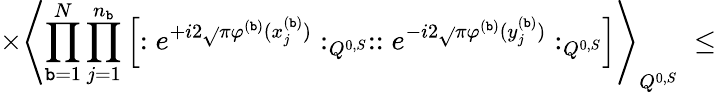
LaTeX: \times\left\langle\prod_{\mathtt{b}=1}^{N}\prod_{j=1}^{n_{\mathtt{b}}}\left[:e^{+i2\sqrt{}{{\pi}}\varphi^{(\mathtt{b})}(x_{j}^{(\mathtt{b})})}:_{Q^{0,S}}::e^{-i2\sqrt{}{{\pi}}\varphi^{(\mathtt{b})}(y_{j}^{(\mathtt{b})})}:_{Q^{0,S}}\right]\right\rangle_{Q^{0,S}}\; \leq